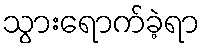
သွားရောက်ခဲ့ရာ